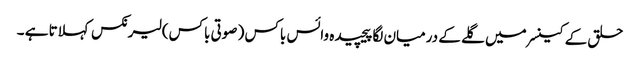
حلق کے کینسر میں گلے کے درمیان لگا پیچیدہ وائس باکس ( صوتی باکس) لیرنکس کہلاتا ہے ۔